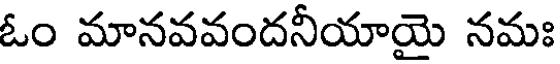
ఓం మానవవందనీయాయై నమః